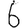
Digit: 6